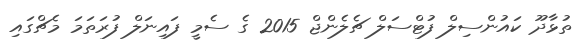
ތުޅާދޫ ކައުންސިލް ފުޓްސަލް ޗެލެންޖް 2015 ގެ ސެމީ ފައިނަލް ފުރަތަމަ މެޗްގައި